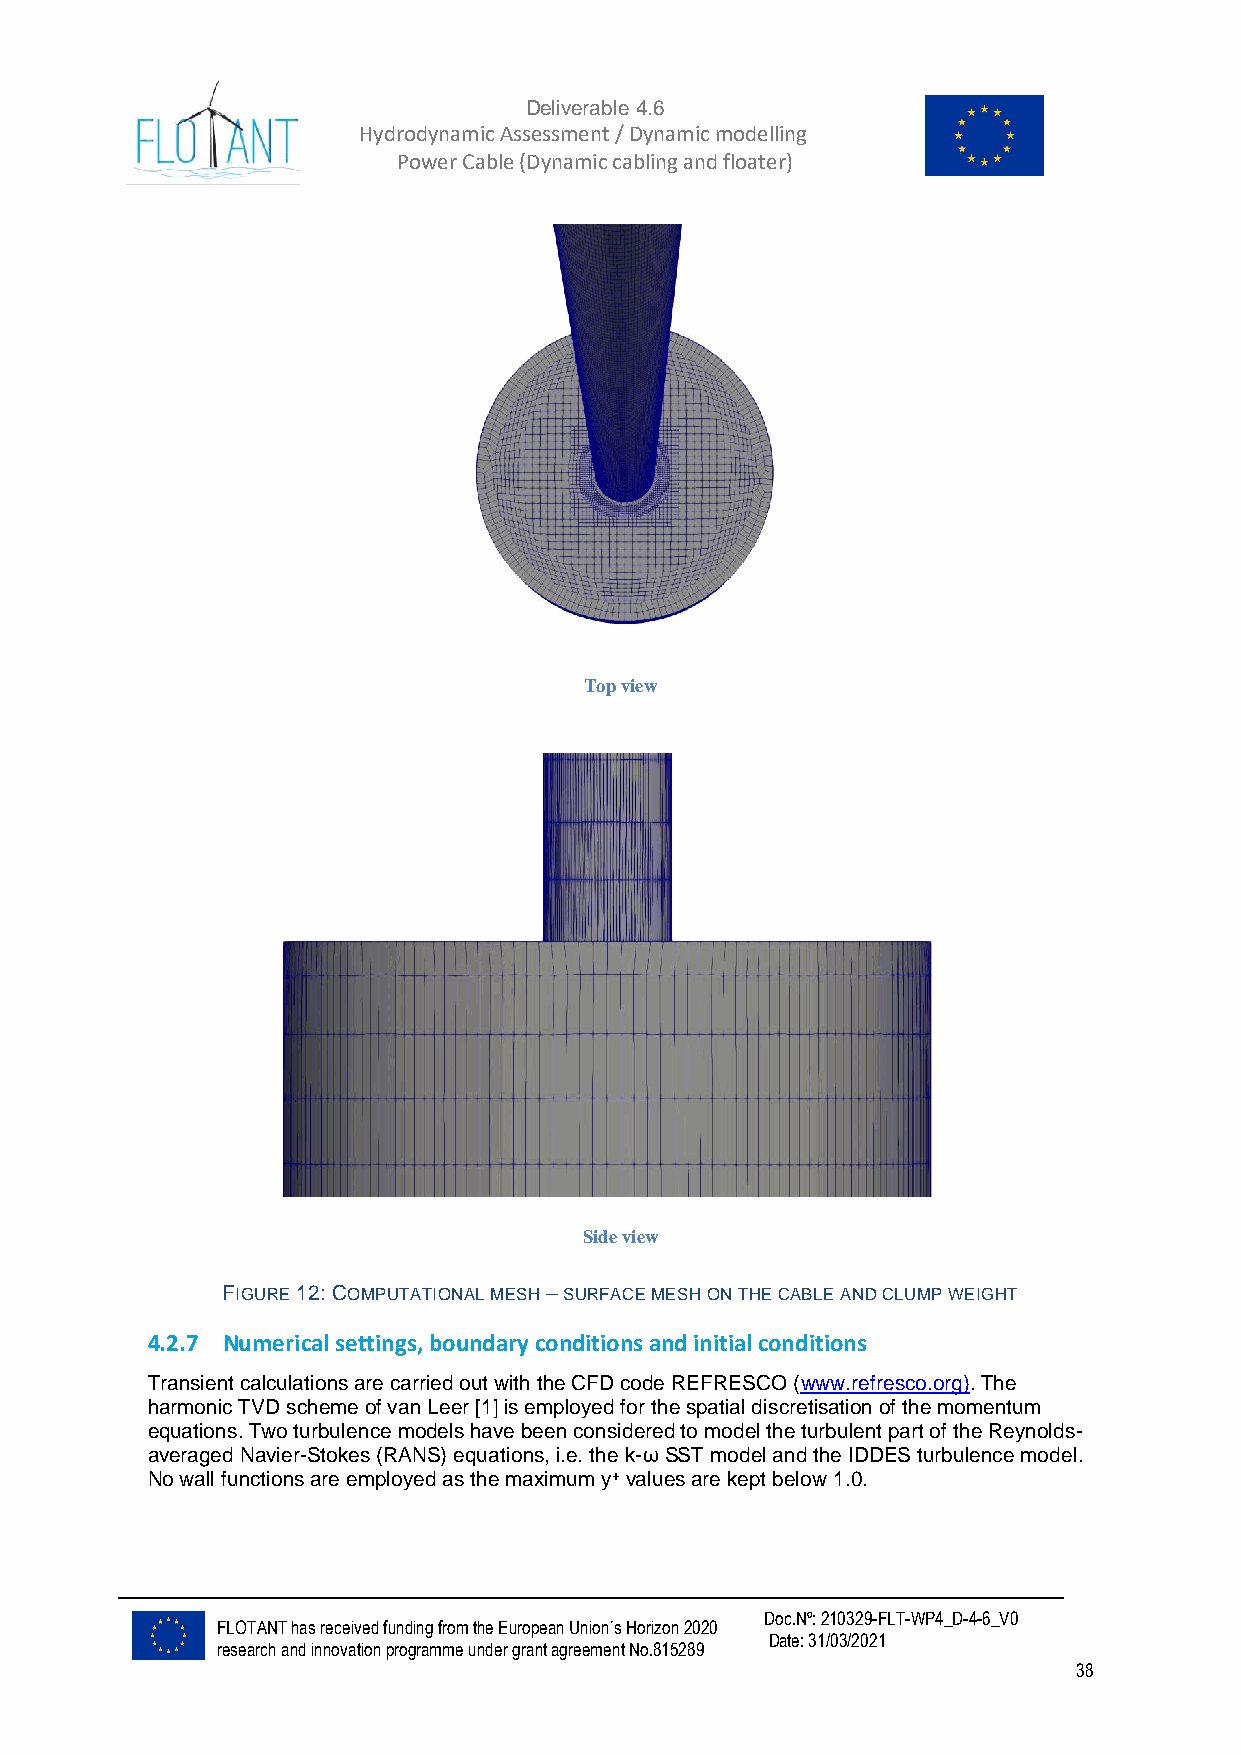
Deliverable 4.6
 Hydrodynamic Assessment / Dynamic modelling of
 Power Cable (Dynamic cabling and floater)
 Top view
 Side view
 FIGURE 12: COMPUTATIONAL MESH – SURFACE MESH ON THE CABLE AND CLUMP WEIGHT
 4.2.7 Numerical settings, boundary conditions and initial conditions
 Transient calculations are carried out with the CFD code REFRESCO (www.refresco.org). The
 harmonic TVD scheme of van Leer [1] is employed for the spatial discretisation of the momentum
 equations. Two turbulence models have been considered to model the turbulent part of the Reynolds-
 averaged Navier-Stokes (RANS) equations, i.e. the k-ω SST model and the IDDES turbulence model.
 No wall functions are employed as the maximum y+ values are kept below 1.0.
 Doc.Nº: 210329-FLT-WP4_D-4-6_V0
 FLOTANT has received funding from the European Union´s Horizon 2020
 Date: 31/03/2021
 research and innovation programme under grant agreement No.815289
 38